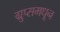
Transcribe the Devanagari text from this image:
ग्रुप्समधून